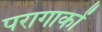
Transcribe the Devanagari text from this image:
परागाकों